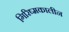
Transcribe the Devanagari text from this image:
गिरिष्मकालीन